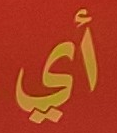
أي